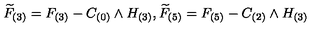
{ \widetilde { F } } _ { ( 3 ) } = F _ { ( 3 ) } - C _ { ( 0 ) } \wedge H _ { ( 3 ) } , { \widetilde { F } } _ { ( 5 ) } = F _ { ( 5 ) } - C _ { ( 2 ) } \wedge H _ { ( 3 ) }